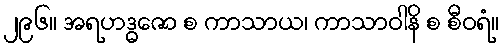
၂၉၆။ အရဟဒ္ဓဇော စ ကာသာယ၊ ကာသာဝါနိ စ စီဝရံ။